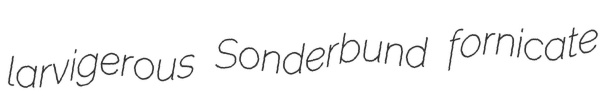
larvigerous Sonderbund fornicate